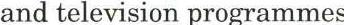
and television programmes